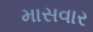
માસવાર